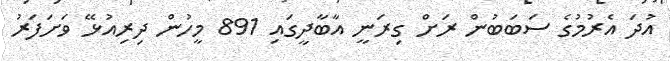
އުދަ އެރުމުގެ ސަބަބުން ރަށް ގިރަނީ އާބާދީގައި 891 މީހުން ދިރިއުޅޭ ވަށަފަރު